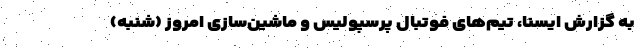
به گزارش ایسنا، تیم‌های فوتبال پرسپولیس و ماشین‌سازی امروز (شنبه)